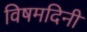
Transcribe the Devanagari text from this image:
विषमदिनी